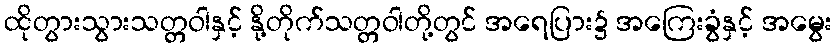
ထိုတွားသွားသတ္တဝါနှင့် နို့တိုက်သတ္တဝါတို့တွင် အရေပြား၌ အကြေးခွံနှင့် အမွေး